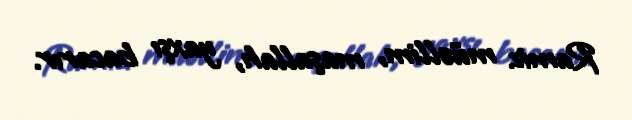
Ramiz müəllim, maşallah, yaxşı bacarır.